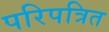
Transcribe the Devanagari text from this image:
परिपत्रित